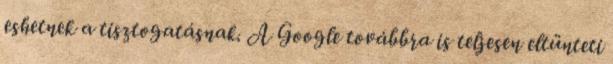
eshetnek a tisztogatásnak. A Google továbbra is teljesen eltünteti